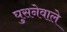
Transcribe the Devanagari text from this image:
घुसनेवाले